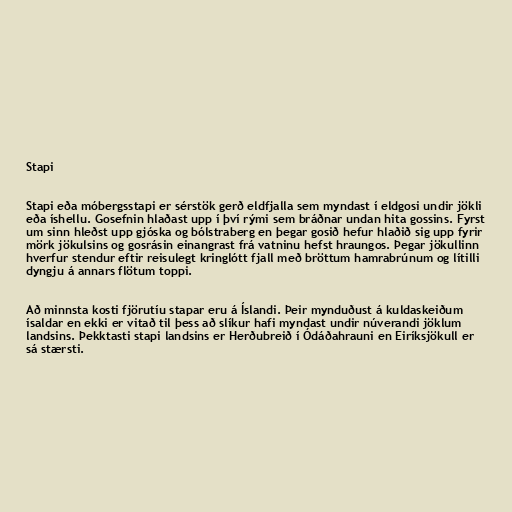
Stapi

Stapi eða móbergsstapi er sérstök gerð eldfjalla sem myndast í eldgosi undir jökli
eða íshellu. Gosefnin hlaðast upp í því rými sem bráðnar undan hita gossins. Fyrst
um sinn hleðst upp gjóska og bólstraberg en þegar gosið hefur hlaðið sig upp fyrir
mörk jökulsins og gosrásin einangrast frá vatninu hefst hraungos. Þegar jökullinn
hverfur stendur eftir reisulegt kringlótt fjall með bröttum hamrabrúnum og lítilli
dyngju á annars flötum toppi.

Að minnsta kosti fjörutíu stapar eru á Íslandi. Þeir mynduðust á kuldaskeiðum
ísaldar en ekki er vitað til þess að slíkur hafi myndast undir núverandi jöklum
landsins. Þekktasti stapi landsins er Herðubreið í Ódáðahrauni en Eiríksjökull er
sá stærsti.